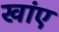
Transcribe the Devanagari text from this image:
खांए